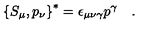
\left\{ S _ { \mu } , p _ { \nu } \right\} ^ { \ast } = \epsilon _ { \mu \nu \gamma } p ^ { \gamma } \quad .